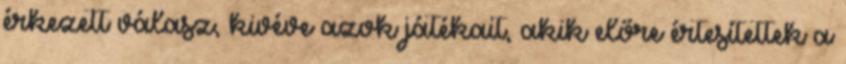
érkezett válasz, kivéve azok játékait, akik előre értesítettek a